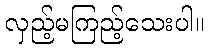
လှည့်မကြည့်သေးပါ။